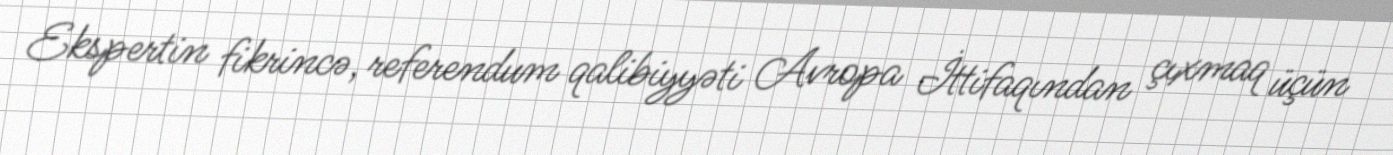
Ekspertin fikrincə, referendum qalibiyyəti Avropa İttifaqından çıxmaq üçün